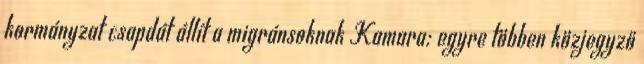
kormányzat csapdát állít a migránsoknak Kamara: egyre többen közjegyző